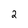
Character: 2